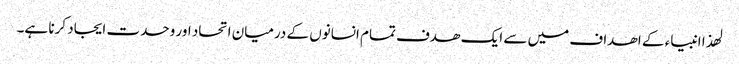
لھذا انبیاء کے اھداف میں سے ایک ھدف تمام انسانوں کے درمیان اتحاد اور وحدت ایجاد کرنا ہے۔